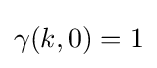
\gamma (k,0)=1\,\!